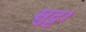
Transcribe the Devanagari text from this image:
सुट्टा